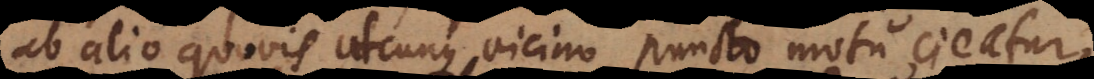
ab alio quovis utcunque vicino puncto motu cieatur,